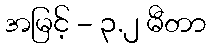
အမြင့် - ၃.၂ မီတာ